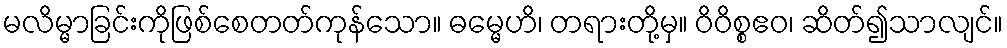
မလိမ္မာခြင်းကိုဖြစ်စေတတ်ကုန်သော။ ဓမ္မေဟိ၊ တရားတို့မှ။ ဝိဝိစ္စဧဝ၊ ဆိတ်၍သာလျင်။